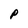
Character: P